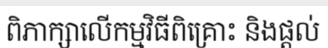
ពិភាក្សាលើកម្មវិធីពិគ្រោះ និងផ្តល់